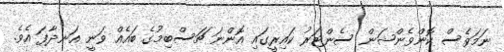
ނަމަވެސް ކޮންވެންޝަން ސެންޓަރު ކައިރީގައި އޮންނަ ޗަސްބިމުގެ ބައެއް ވަނީ އަނދާފަ އެވެ.